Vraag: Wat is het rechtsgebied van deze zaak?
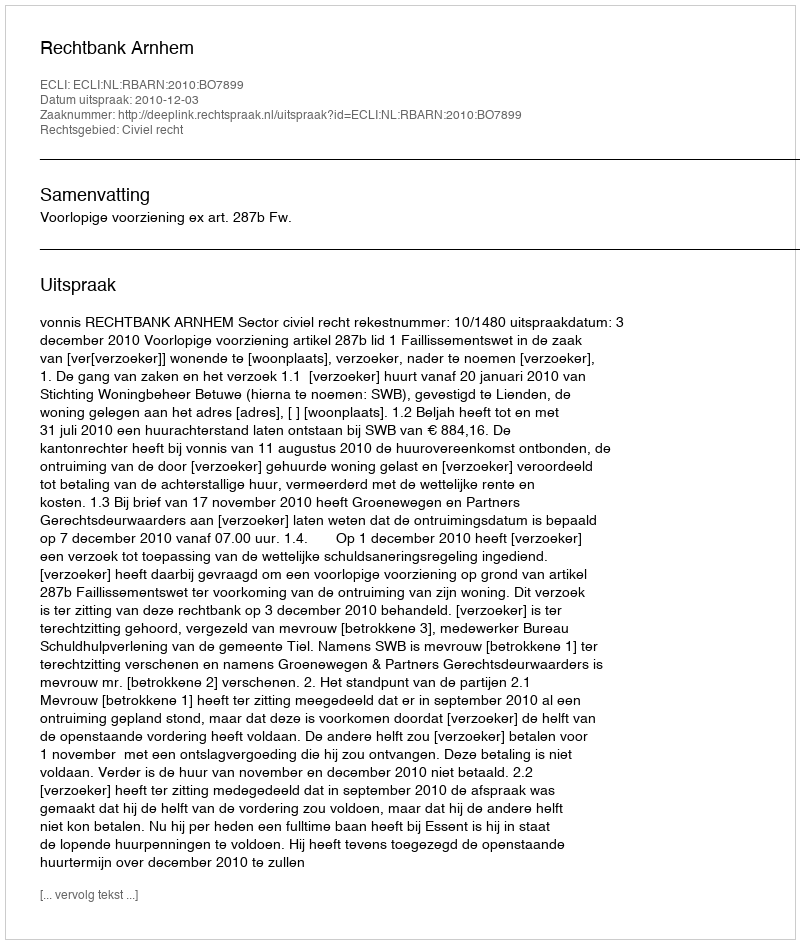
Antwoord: Civiel recht